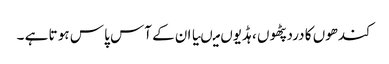
کندھوں کا درد پٹھو ں ،ہڈیوں میںیا ان کے آس پا س ہو تا ہے ۔